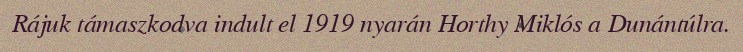
Rájuk támaszkodva indult el 1919 nyarán Horthy Miklós a Dunántúlra.